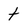
Character: t